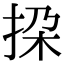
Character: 挅